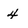
Character: 4